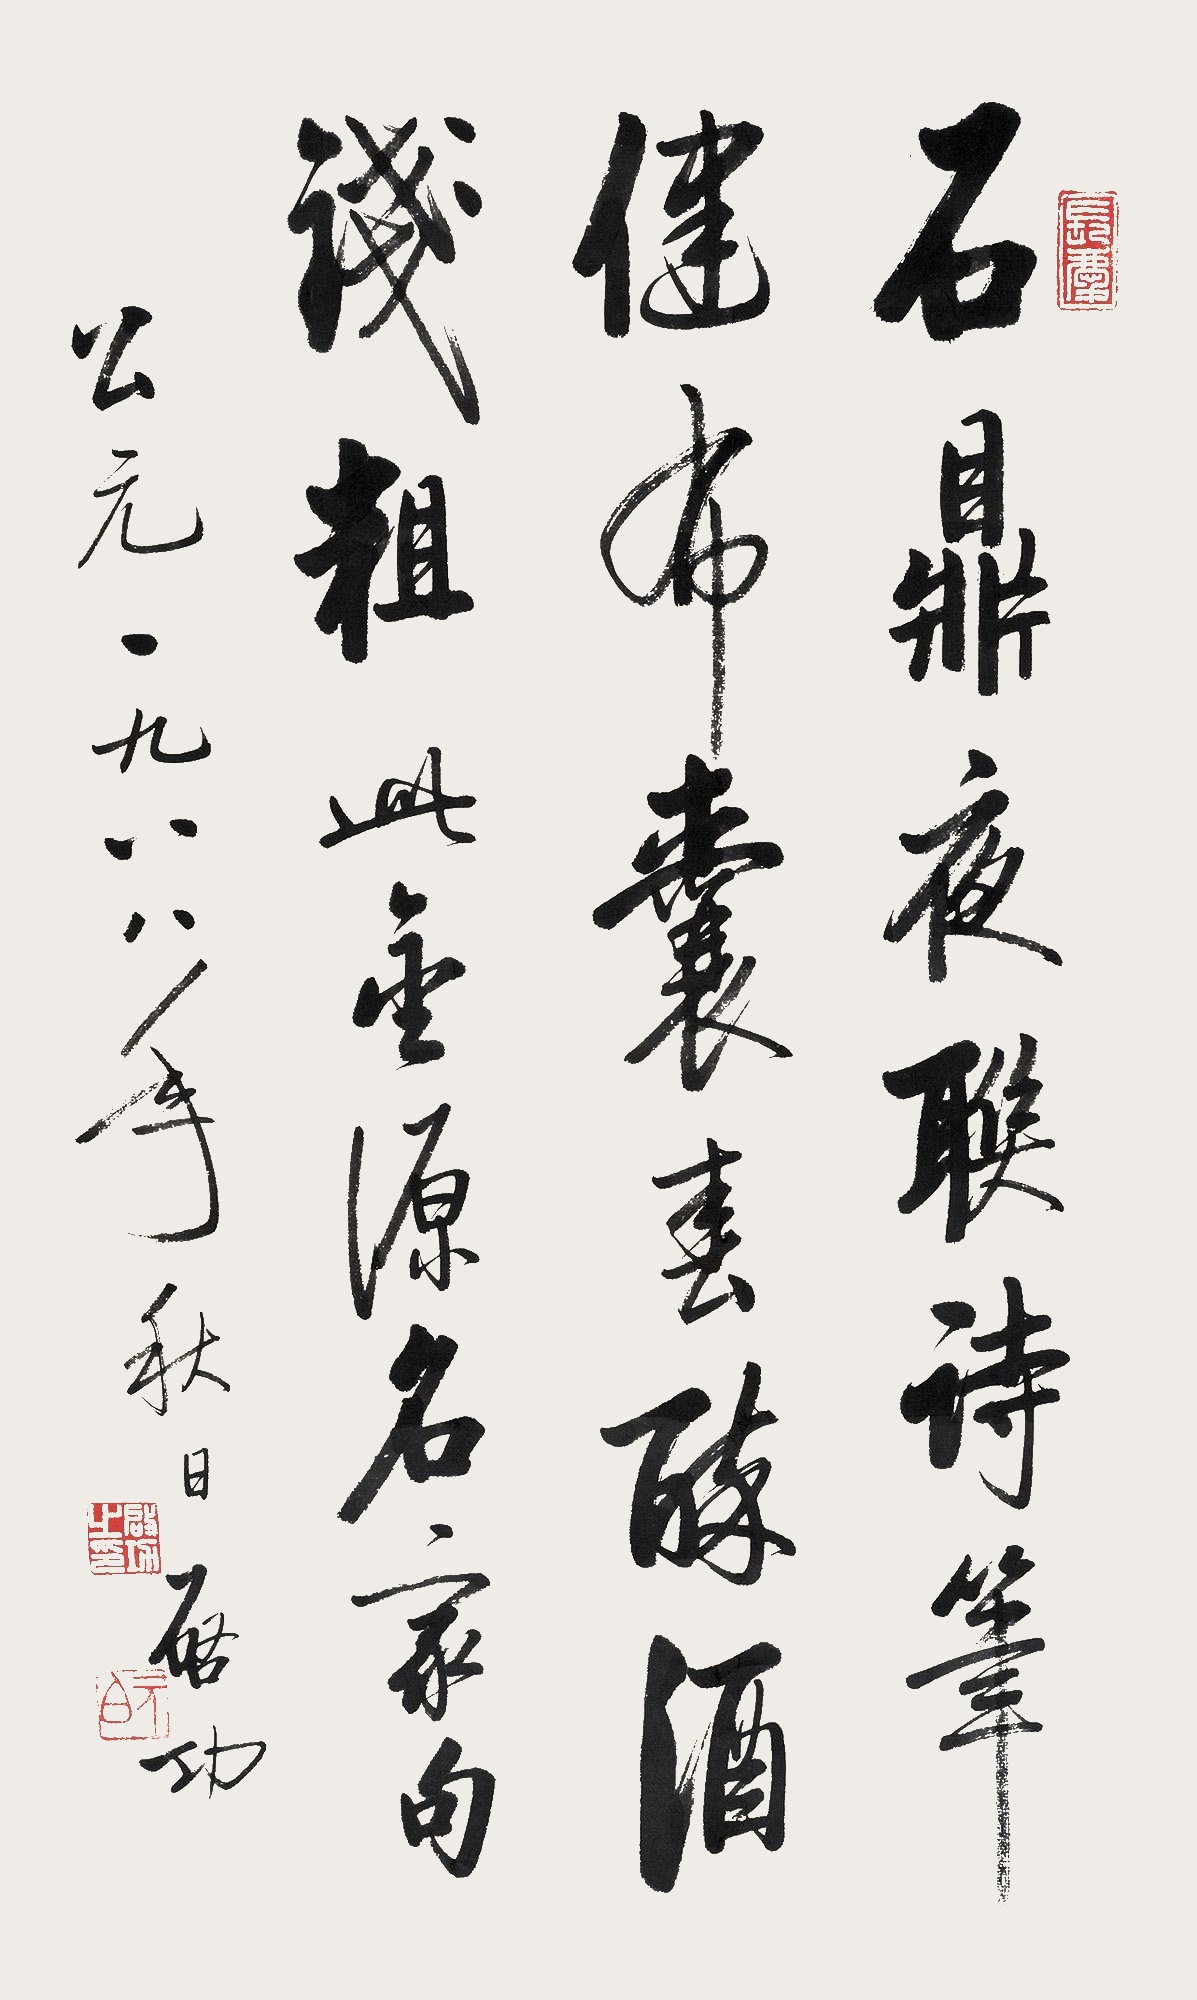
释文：石鼎夜联诗笔健，布囊春醉酒钱粗。此金源名家句。公元一九八八年秋日，启功。